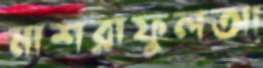
মাশরাফুলআ